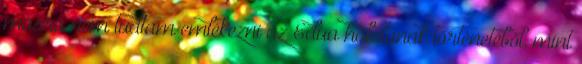
másra nem tudtam emlékezni az Edua halálának történetébõl, mint